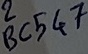
Text: BC547